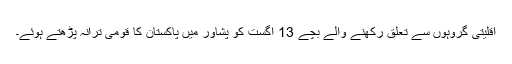
اقلیتی گروہوں سے تعلق رکھنے والے بچے 13 اگست کو پشاور میں پاکستان کا قومی ترانہ پڑھتے ہوئے۔